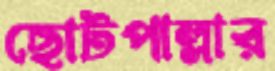
ছোটপাল্লার